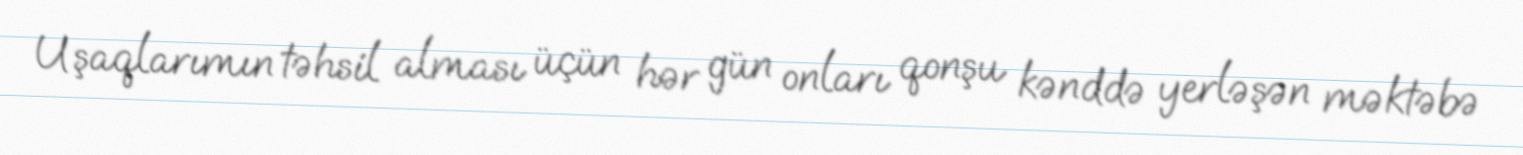
Uşaqlarımın təhsil alması üçün hər gün onları qonşu kənddə yerləşən məktəbə